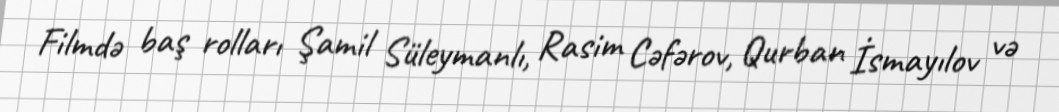
Filmdə baş rolları Şamil Süleymanlı, Rasim Cəfərov, Qurban İsmayılov və